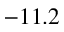
- 1 1 . 2